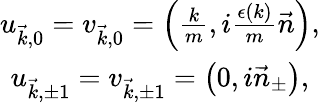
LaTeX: \begin{array}{c}{{u_{\vec{k},0}=v_{\vec{k},0}=\left(\frac km,i\frac{\epsilon\left(k\right)}m\vec{n}\right),}}\\ {{u_{\vec{k},\pm 1}=v_{\vec{k},\pm 1}=\left(0,i\vec{n}_{\pm}\right),}}\end{array}